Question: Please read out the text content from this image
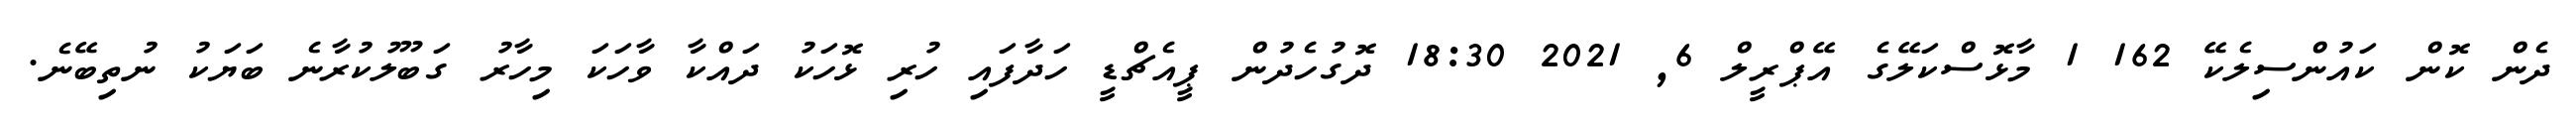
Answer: ދެން ކޮން ކައުންސިލެކޭ 162 1 މާޅޮސްކަލޭގެ އޭޕްރީލް 6, 2021 18:30 ދޮގުހެދުން ޕީއެޗްޑީ ހަދާފައި ހުރި ޅޮހަކު ދައްކާ ވާހަކަ މިހާރު ގަބޫލުކުރާނެ ބަޔަކު ނުތިބޭނެ.